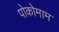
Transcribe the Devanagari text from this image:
पोकोमाम